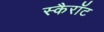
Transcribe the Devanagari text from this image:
स्कैरॉट